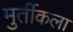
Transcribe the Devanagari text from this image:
मुर्तीकला